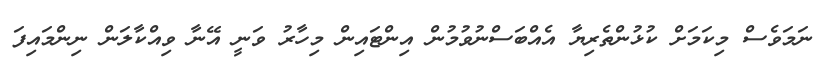
ނަމަވެސް މިކަމަށް ކުޅުންތެރިޔާ އެއްބަސްނުވުމުން އިންޓައިން މިހާރު ވަނީ އޭނާ ވިއްކާލަން ނިންމައިފަ